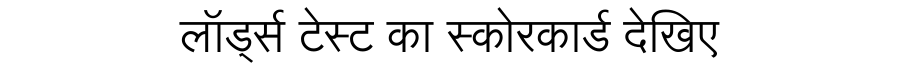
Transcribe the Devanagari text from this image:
लॉर्ड्स टेस्ट का स्कोरकार्ड देखिए